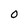
Character: 0